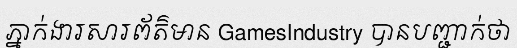
ភ្នាក់ងារសារព័ត៌មាន GamesIndustry បានបញ្ជាក់ថា